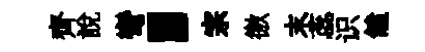
齊說彎，宗徼末蕊识饁